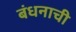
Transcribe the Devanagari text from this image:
बंधनाची